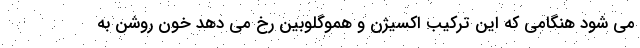
می شود هنگامی که این ترکیب اکسیژن و هموگلوبین رخ می دهد خون روشن به